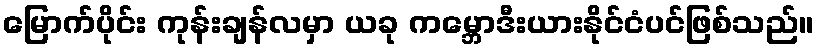
မြောက်ပိုင်း ကုန်းချန်လမှာ ယခု ကမ္ဘောဒီးယားနိုင်ငံပင်ဖြစ်သည်။